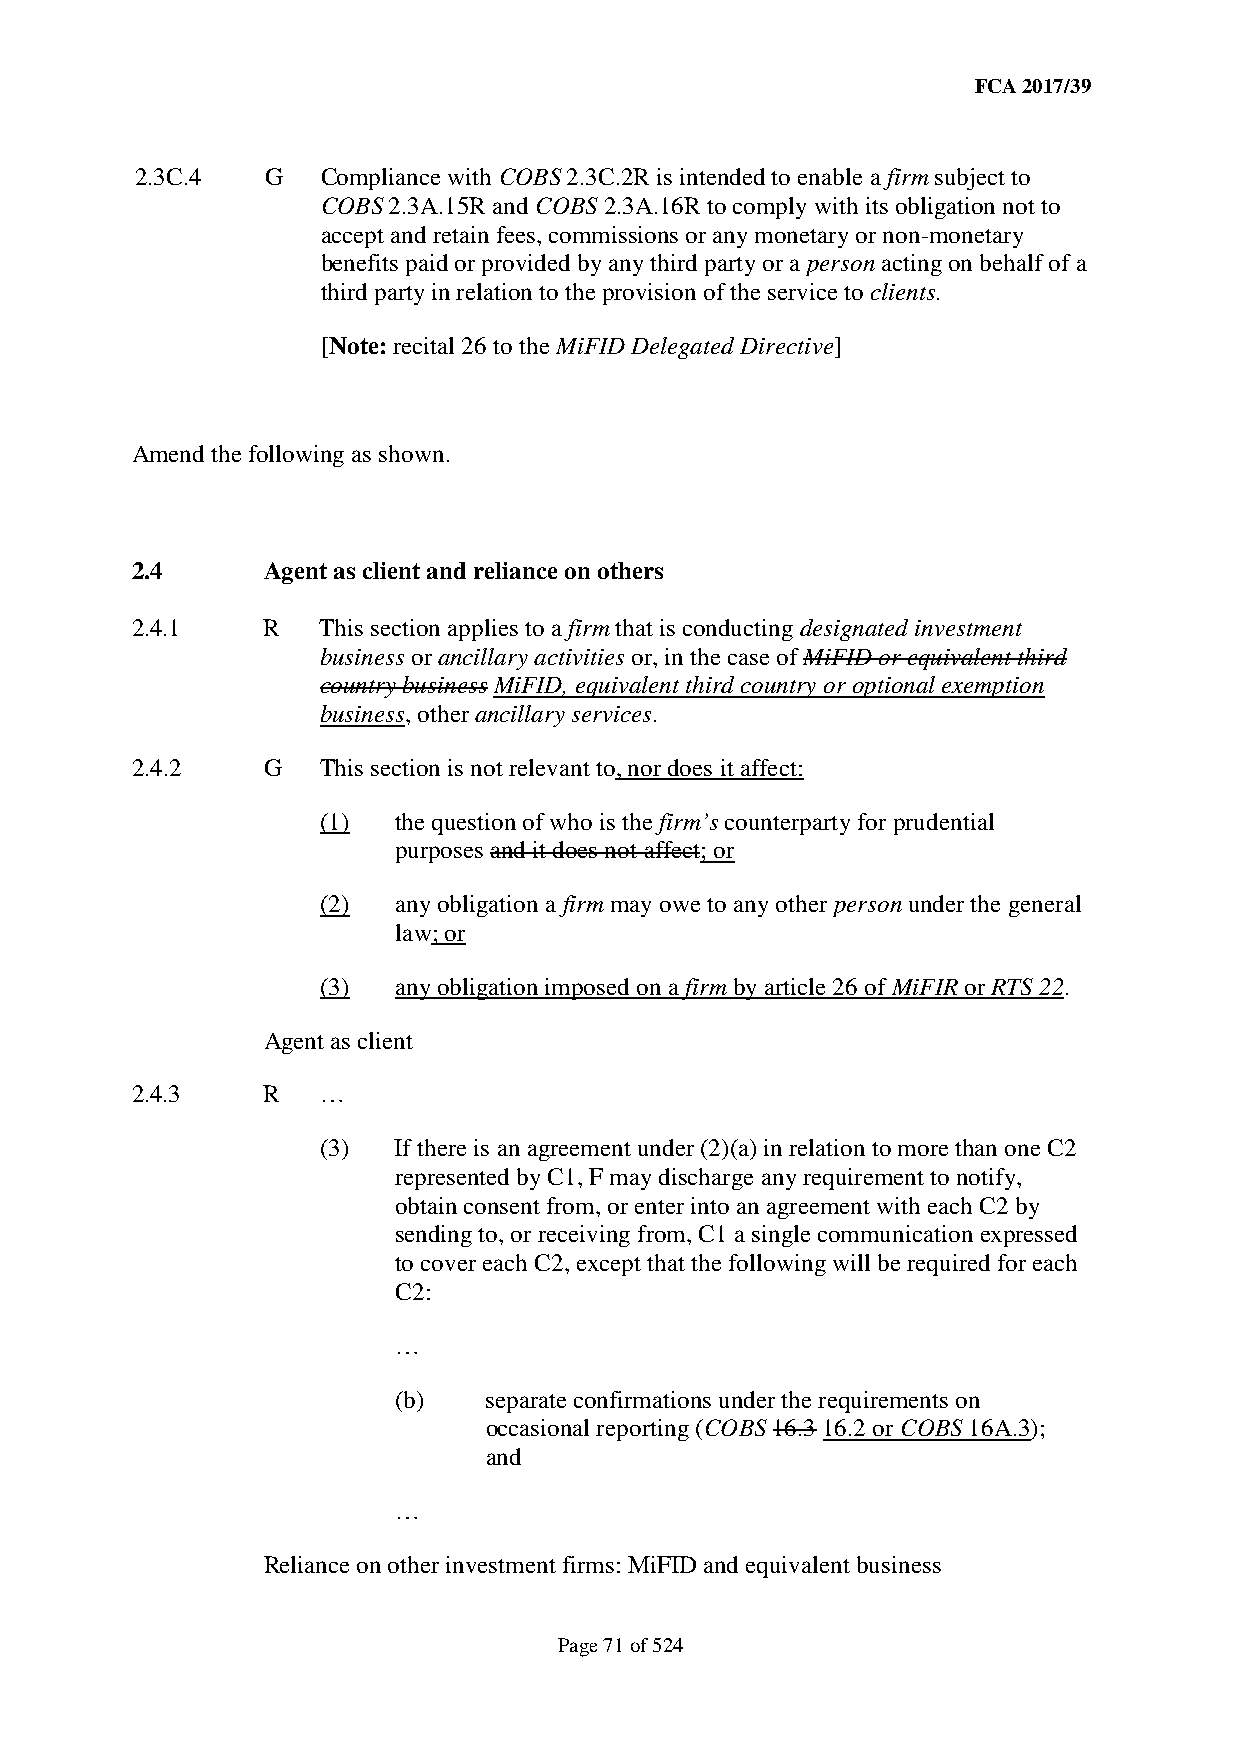
FCA 2017/39
 2.3C.4   G  Compliance with COBS 2.3C.2R is intended to enable a firm subject to
 COBS 2.3A.15R and COBS 2.3A.16R to comply with its obligation not to
 accept and retain fees, commissions or any monetary or non-monetary
 benefits paid or provided by any third party or a person acting on behalf of a
 third party in relation to the provision of the service to clients.
 [Note: recital 26 to the MiFID Delegated Directive]
 Amend the following as shown.
 2.4     Agent as client and reliance on others
 2.4.1   R   This section applies to a firm that is conducting designated investment
 business or ancillary activities or, in the case of MiFID or equivalent third
 country business MiFID, equivalent third country or optional exemption
 business, other ancillary services.
 2.4.2   G   This section is not relevant to, nor does it affect:
 (1)  the question of who is the firm’s counterparty for prudential
 purposes and it does not affect; or
 (2)  any obligation a firm may owe to any other person under the general
 law; or
 (3)  any obligation imposed on a firm by article 26 of MiFIR or RTS 22.
 Agent as client
 2.4.3   R   …
 (3)  If there is an agreement under (2)(a) in relation to more than one C2
 represented by C1, F may discharge any requirement to notify,
 obtain consent from, or enter into an agreement with each C2 by
 sending to, or receiving from, C1 a single communication expressed
 to cover each C2, except that the following will be required for each
 C2:
 …
 (b)   separate confirmations under the requirements on
 occasional reporting (COBS 16.3 16.2 or COBS 16A.3);
 and
 …
 Reliance on other investment firms: MiFID and equivalent business
 Page 71 of 524